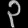
Digit: ၃